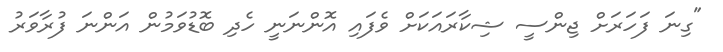
"ގިނަ ފަހަރަށް ޖިންސީ ޝިކާރައަކަށް ވެފައި އޮންނަނީ ހެދި ބޮޑުވަމުން އަންނަ ފުރާވަރު